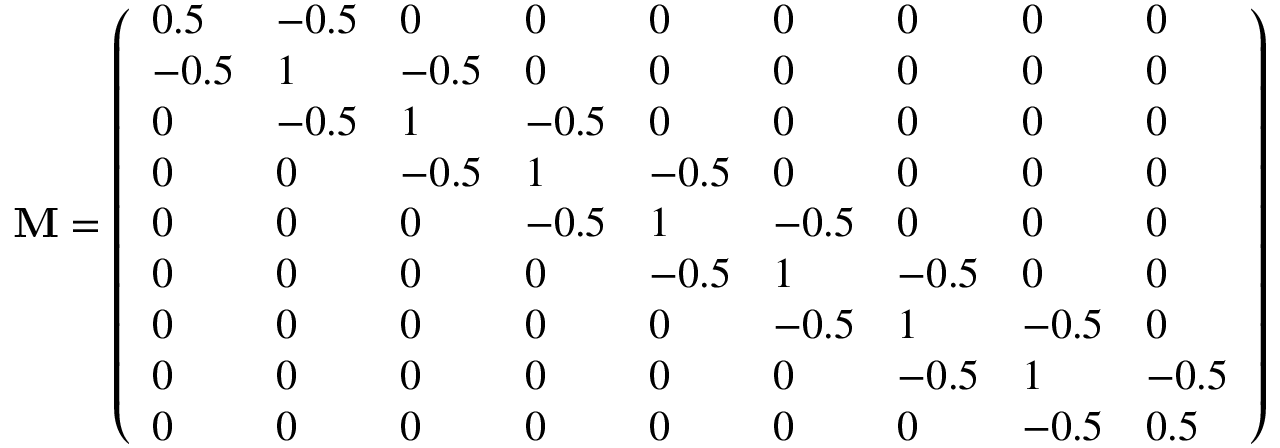
\bf { M } = \left( \begin{array} { l l l l l l l l l } { 0 . 5 } & { - 0 . 5 } & { 0 } & { 0 } & { 0 } & { 0 } & { 0 } & { 0 } & { 0 } \\ { - 0 . 5 } & { 1 } & { - 0 . 5 } & { 0 } & { 0 } & { 0 } & { 0 } & { 0 } & { 0 } \\ { 0 } & { - 0 . 5 } & { 1 } & { - 0 . 5 } & { 0 } & { 0 } & { 0 } & { 0 } & { 0 } \\ { 0 } & { 0 } & { - 0 . 5 } & { 1 } & { - 0 . 5 } & { 0 } & { 0 } & { 0 } & { 0 } \\ { 0 } & { 0 } & { 0 } & { - 0 . 5 } & { 1 } & { - 0 . 5 } & { 0 } & { 0 } & { 0 } \\ { 0 } & { 0 } & { 0 } & { 0 } & { - 0 . 5 } & { 1 } & { - 0 . 5 } & { 0 } & { 0 } \\ { 0 } & { 0 } & { 0 } & { 0 } & { 0 } & { - 0 . 5 } & { 1 } & { - 0 . 5 } & { 0 } \\ { 0 } & { 0 } & { 0 } & { 0 } & { 0 } & { 0 } & { - 0 . 5 } & { 1 } & { - 0 . 5 } \\ { 0 } & { 0 } & { 0 } & { 0 } & { 0 } & { 0 } & { 0 } & { - 0 . 5 } & { 0 . 5 } \end{array} \right)